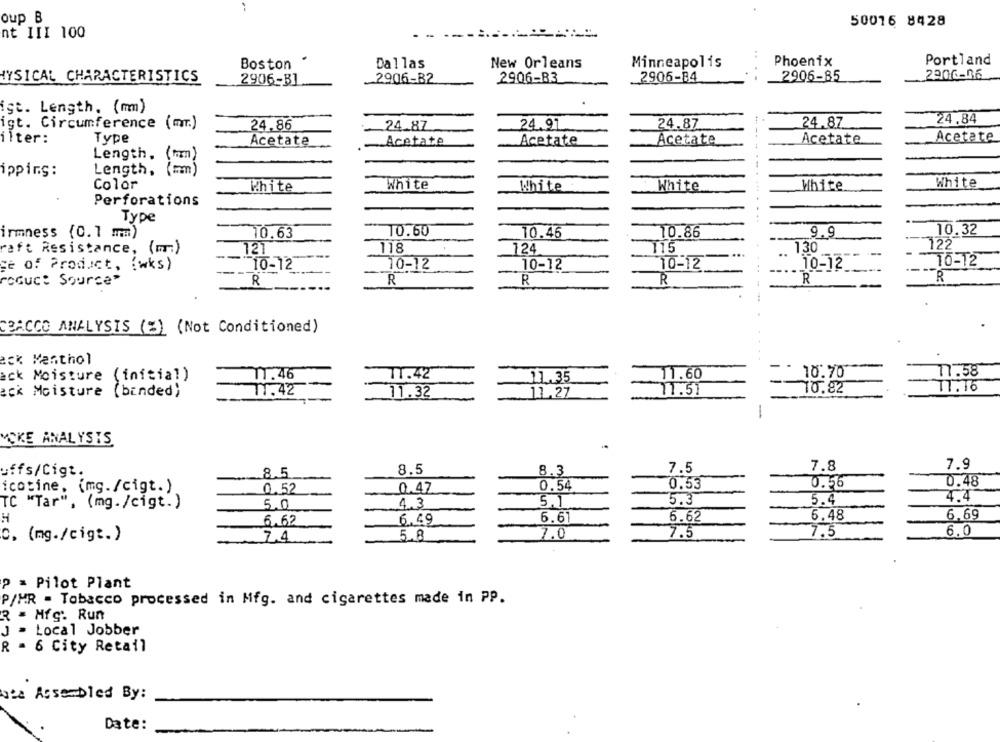
oup B
50016 8428
nt III 100
Boston .
Dallas
New Orleans
Minneapolis
Phoenix
Portland
2906-06
YSICAL CHARACTERISTICS
2906-31
2906-B2
2906-B3
2906-84
2906-85
ist. Length. (mm)
igt. Circumference (mmr.)
24.86
24.87
24.91
24.87
24.87
24.84
ilter:
Type
Acetate
Acetate
Acetate
Acetate
Acetate
Acetate
Length.
Length,
ipping:
Color
White
White
White
White
White
White
Perforations
Type
--............
10.32
irmness (0.1 mm)
10.63
10.60
10.46
10.86
9.9
raft Resistance, (mm)
121
118
124.
115
130
122
ge of Product, (wks)
10-12
10-12
10-12
10-12
10-12
TO-T2
"oGuc: Source"
R
R
R
R
R
R
CRACCO ANALYSIS (%) (Not Conditioned)
eck Menthol
ack Moisture
(initial)
11.46
11.42
11.60
10.70
11.58
_11.35
ack Moisture (binded)
77.42
11.27
11.51
10.82
11.16
11.32
---
MCKE ANALYSIS
7.5
7.8
7.9
uffs/Cigt.
8.5
8.5
8.3
0.48
icotine, (mg./cigt.)
0.52
0.47
0.54
0.53
0.56
4.4
4.3
5.1
5.3
5.4
TC "Tar", (mg./cigt.)
5.0
H
6.62
6.49
6.61
6.62
6.48
6.69
7.5
7.5
6.0
C. (mg./cigt.)
7.4
5.8
7.0
P = Pilot Plant
P/MR - Tobacco processed in Mfg. and cigarettes made in PP.
R . Mfg. Run
J . Local Jobber
R = 6 City Retail
gta Assembled By:
Date: